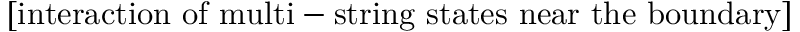
\mathrm { [ i n t e r a c t i o n ~ o f ~ m u l t i - s t r i n g ~ s t a t e s ~ n e a r ~ t h e ~ b o u n d a r y ] }